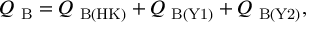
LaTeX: Q _ { \mathrm { \scriptsize ~ B } } = Q _ { \mathrm { \scriptsize ~ B ( H K ) } } + Q _ { \mathrm { \scriptsize ~ B ( Y 1 ) } } + Q _ { \mathrm { \scriptsize ~ B ( Y 2 ) } } ,